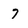
Character: 7